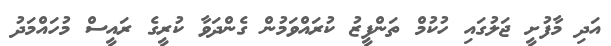
އަދި މާފުށީ ޖަލުގައި ހުކުމް ތަންފީޒު ކުރައްވަމުން ގެންދަވާ ކުރީގެ ރައީސް މުހައްމަދު